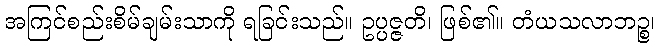
အကြင်စည်းစိမ်ချမ်းသာကို ရခြင်းသည်။ ဥပ္ပဇ္ဇတိ၊ ဖြစ်၏။ တံယသလာဘဉ္စ၊